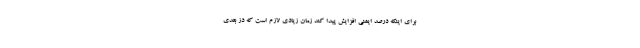
برای اینکه درصد ایمنی افزایش پیدا کند زمان زیادی لازم است که دز بعدی